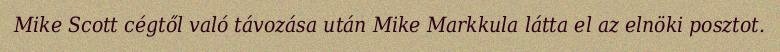
Mike Scott cégtől való távozása után Mike Markkula látta el az elnöki posztot.